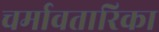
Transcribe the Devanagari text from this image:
चर्मावतारिका